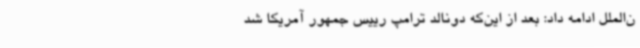
ن‌الملل ادامه داد: بعد از این‌که دونالد ترامپ رییس جمهور آمریکا شد